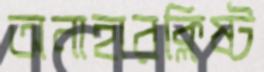
অনাহারক্লিষ্ট